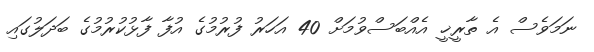
ނަމަވެސް އެ ތާރީޚީ އެއްބަސްވުމަށް 40 އަހަރު ފުރުމުގެ އުފާ ފާޅުކުރުމުގެ ބަދަލުގައި